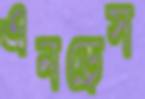
এনড্রেস